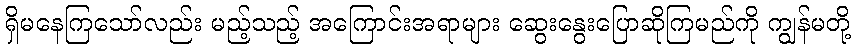
ရှိမနေကြသော်လည်း မည့်သည့် အကြောင်းအရာများ ဆွေးနွေးပြောဆိုကြမည်ကို ကျွန်မတို့